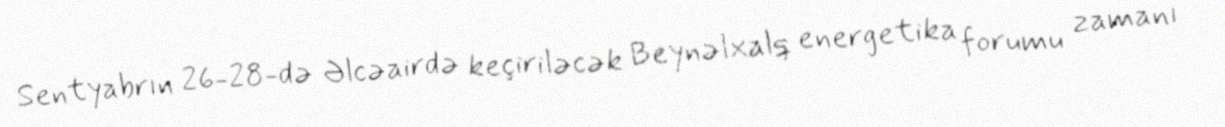
Sentyabrın 26-28-də Əlcəairdə keçiriləcək Beynəlxalq energetika forumu zamanı